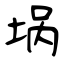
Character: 埚